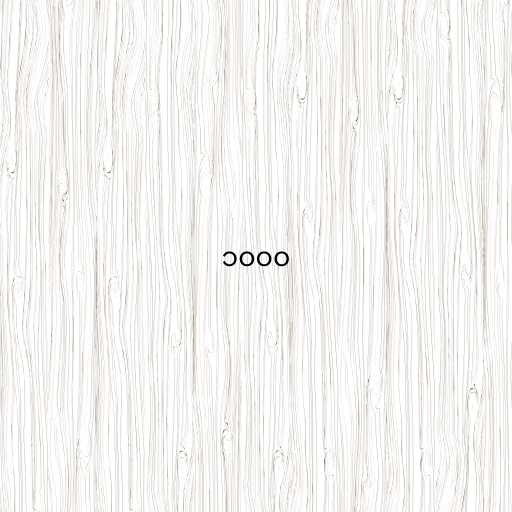
၁၀၀၀